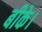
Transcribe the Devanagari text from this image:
बीके।